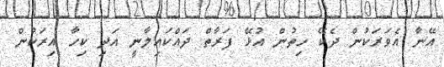
އޭނާ އެވަރަކުން ދެކޭ ހިތުން އުޅޭ ފަރާތް ދައްކައިލާނީ އަދި ކިހާ އިރަކުން